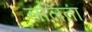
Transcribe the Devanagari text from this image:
ललिता